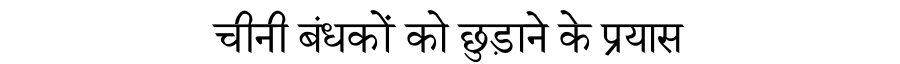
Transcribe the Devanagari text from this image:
चीनी बंधकों को छुड़ाने के प्रयास